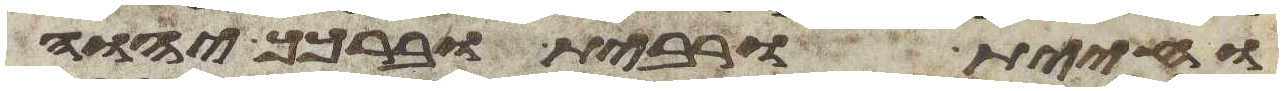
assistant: וחיית ורבית וברכך יהוה